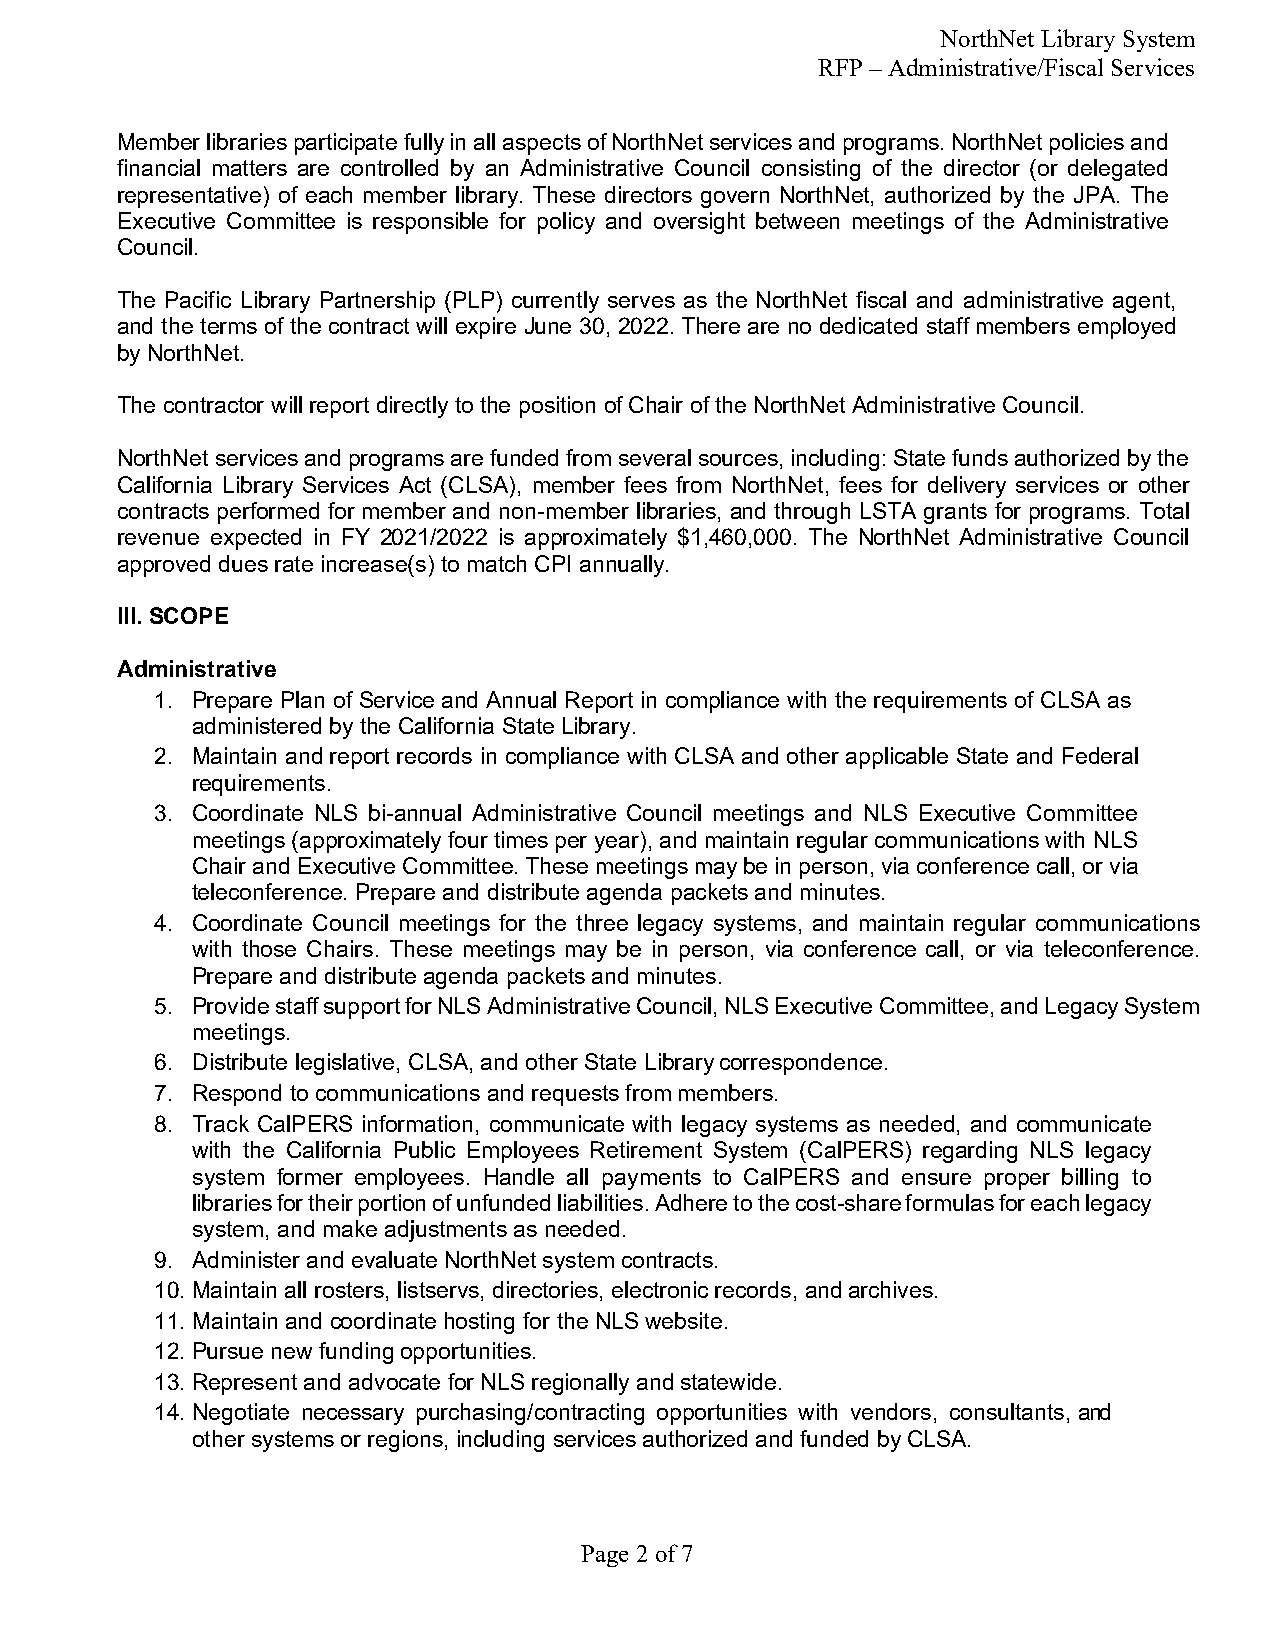
NorthNet Library System
 RFP – Administrative/Fiscal Services
 Member libraries participate fully in all aspects of NorthNet services and programs. NorthNet policies and
 financial matters are controlled by an Administrative Council consisting of the director (or delegated
 representative) of each member library. These directors govern NorthNet, authorized by the JPA. The
 Executive Committee is responsible for policy and oversight between meetings of the Administrative
 Council.
 The Pacific Library Partnership (PLP) currently serves as the NorthNet fiscal and administrative agent,
 and the terms of the contract will expire June 30, 2022. There are no dedicated staff members employed
 by NorthNet.
 The contractor will report directly to the position of Chair of the NorthNet Administrative Council.
 NorthNet services and programs are funded from several sources, including: State funds authorized by the
 California Library Services Act (CLSA), member fees from NorthNet, fees for delivery services or other
 contracts performed for member and non-member libraries, and through LSTA grants for programs. Total
 revenue expected in FY 2021/2022 is approximately $1,460,000. The NorthNet Administrative Council
 approved dues rate increase(s) to match CPI annually.
 III. SCOPE
 Administrative
 1. Prepare Plan of Service and Annual Report in compliance with the requirements of CLSA as
 administered by the California State Library.
 2. Maintain and report records in compliance with CLSA and other applicable State and Federal
 requirements.
 3. Coordinate NLS bi-annual Administrative Council meetings and NLS Executive Committee
 meetings (approximately four times per year), and maintain regular communications with NLS
 Chair and Executive Committee. These meetings may be in person, via conference call, or via
 teleconference. Prepare and distribute agenda packets and minutes.
 4. Coordinate Council meetings for the three legacy systems, and maintain regular communications
 with those Chairs. These meetings may be in person, via conference call, or via teleconference.
 Prepare and distribute agenda packets and minutes.
 5. Provide staff support for NLS Administrative Council, NLS Executive Committee, and Legacy System
 meetings.
 6. Distribute legislative, CLSA, and other State Library correspondence.
 7. Respond to communications and requests from members.
 8. Track CalPERS information, communicate with legacy systems as needed, and communicate
 with the California Public Employees Retirement System (CalPERS) regarding NLS legacy
 system former employees. Handle all payments to CalPERS and ensure proper billing to
 libraries for their portion of unfunded liabilities. Adhere to the cost-share formulas for each legacy
 system, and make adjustments as needed.
 9. Administer and evaluate NorthNet system contracts.
 10. Maintain all rosters, listservs, directories, electronic records, and archives.
 11. Maintain and coordinate hosting for the NLS website.
 12. Pursue new funding opportunities.
 13. Represent and advocate for NLS regionally and statewide.
 14. Negotiate necessary purchasing/contracting opportunities with vendors, consultants, and
 other systems or regions, including services authorized and funded by CLSA.
 Page 2 of 7